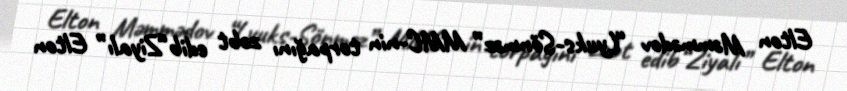
Elton Məmmədov “Lyuks-Sönməz” MMC-nin torpağını zəbt edib“Ziyalı” Elton